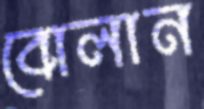
বোলান